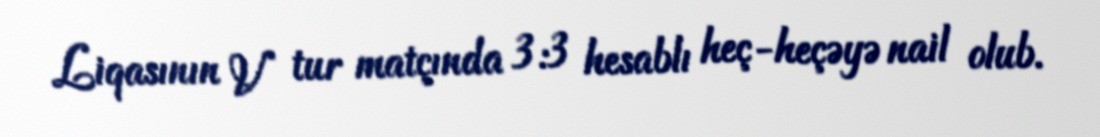
Liqasının V tur matçında 3:3 hesablı heç-heçəyə nail olub.